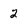
Character: 2